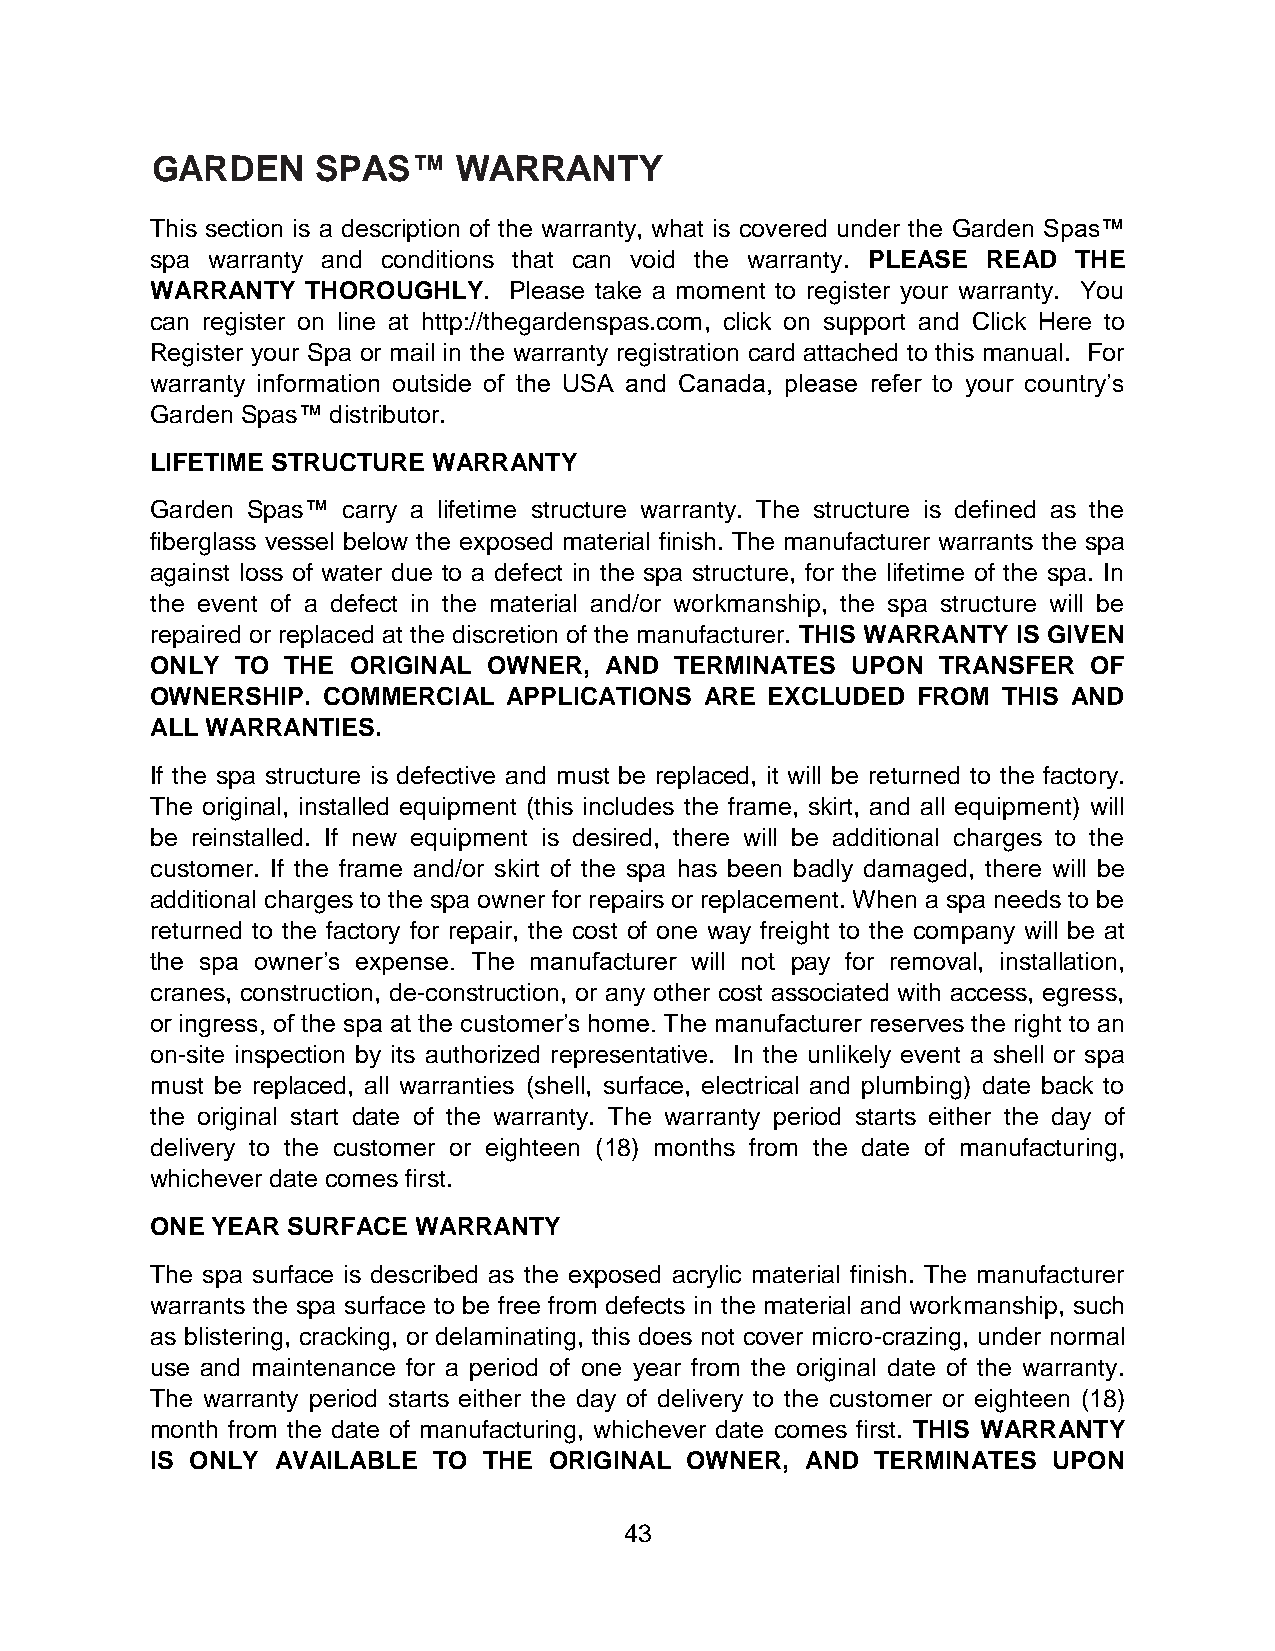
GARDEN     SPAS™    WARRANTY
 This section is a description of the warranty, what is covered under the Garden Spas™
 spa warranty and conditions that can void the warranty. PLEASE READ THE
 WARRANTY  THOROUGHLY.   Please take a moment to register your warranty. You
 can register on line at http://thegardenspas.com, click on support and Click Here to
 Register your Spa or mail in the warranty registration card attached to this manual. For
 warranty information outside of the USA and Canada, please refer to your country’s
 Garden Spas™ distributor.
 LIFETIME STRUCTURE WARRANTY
 Garden Spas™ carry a lifetime structure warranty. The structure is defined as the
 fiberglass vessel below the exposed material finish. The manufacturer warrants the spa
 against loss of water due to a defect in the spa structure, for the lifetime of the spa. In
 the event of a defect in the material and/or workmanship, the spa structure will be
 repaired or replaced at the discretion of the manufacturer. THIS WARRANTY IS GIVEN
 ONLY  TO THE ORIGINAL OWNER,  AND  TERMINATES UPON  TRANSFER  OF
 OWNERSHIP. COMMERCIAL   APPLICATIONS ARE EXCLUDED  FROM THIS AND
 ALL WARRANTIES.
 If the spa structure is defective and must be replaced, it will be returned to the factory.
 The original, installed equipment (this includes the frame, skirt, and all equipment) will
 be reinstalled. If new equipment is desired, there will be additional charges to the
 customer. If the frame and/or skirt of the spa has been badly damaged, there will be
 additional charges to the spa owner for repairs or replacement. When a spa needs to be
 returned to the factory for repair, the cost of one way freight to the company will be at
 the spa owner’s expense. The manufacturer will not pay for removal, installation,
 cranes, construction, de-construction, or any other cost associated with access, egress,
 or ingress, of the spa at the customer’s home. The manufacturer reserves the right to an
 on-site inspection by its authorized representative. In the unlikely event a shell or spa
 must be replaced, all warranties (shell, surface, electrical and plumbing) date back to
 the original start date of the warranty. The warranty period starts either the day of
 delivery to the customer or eighteen (18) months from the date of manufacturing,
 whichever date comes first.
 ONE YEAR SURFACE  WARRANTY
 The spa surface is described as the exposed acrylic material finish. The manufacturer
 warrants the spa surface to be free from defects in the material and workmanship, such
 as blistering, cracking, or delaminating, this does not cover micro-crazing, under normal
 use and maintenance for a period of one year from the original date of the warranty.
 The warranty period starts either the day of delivery to the customer or eighteen (18)
 month from the date of manufacturing, whichever date comes first. THIS WARRANTY
 IS ONLY AVAILABLE  TO THE ORIGINAL OWNER,  AND  TERMINATES  UPON
 43